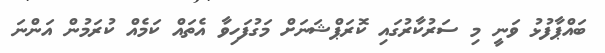
ބައްޕާފުޅު ވަނީ މި ސަރުކާރުގައި ކޮރަޕްޝަނަށް މަގުފަހިވާ އެތައް ކަމެއް ކުރަމުން އަންނަ